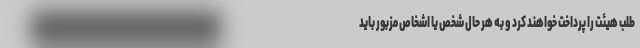
طلب‌ هیئت را پرداخت خواهند کرد و به هر حال شخص یا اشخاص مزبور باید